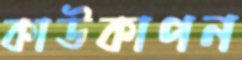
কাউকাপন